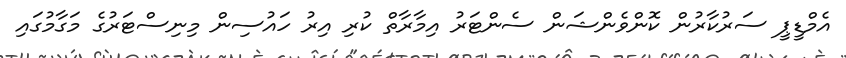
އެމްޑީޕީ ސަރުކާރުން ކޮންވެންޝަން ސެންޓަރު އިމާރާތް ކުރި އިރު ހައުސިން މިނިސްޓަރުގެ މަގާމުގައި